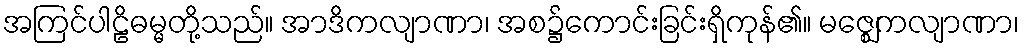
အကြင်ပါဠိဓမ္မတို့သည်။ အာဒိကလျာဏာ၊ အစ၌ကောင်းခြင်းရှိကုန်၏။ မဇ္ဈေကလျာဏာ၊